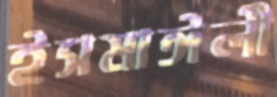
ইসমাঈলী